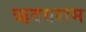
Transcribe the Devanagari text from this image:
ऋदयराम